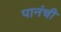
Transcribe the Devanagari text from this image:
पानंची